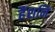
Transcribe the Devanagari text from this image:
हैंशनि